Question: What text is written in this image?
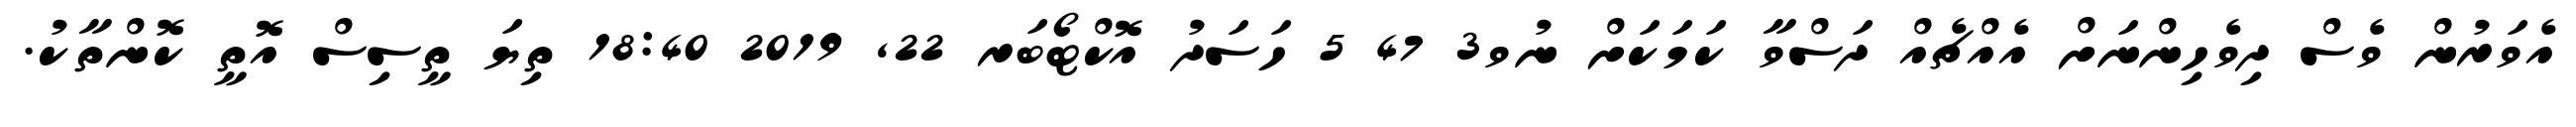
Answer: އެވަރުން ވެސް ދިވެހިންނަށް އެއްޗެއް ދަސްވާ ކަމަކަށް ނުވ3 47 5 ހަސަދު އޮކްޓޯބަރ 22, 2019 18:40 ތިޔަ ތީސިސް އޮތީ ކޮންތާކު.